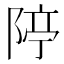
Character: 𨺊